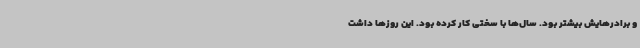
و برادرهایش بیشتر بود. سال‌ها با سختی کار کرده بود. این روزها داشت